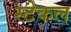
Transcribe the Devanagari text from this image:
स्टेकल